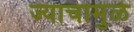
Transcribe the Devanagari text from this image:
ज्याचामुळे